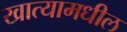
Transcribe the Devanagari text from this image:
खात्यामधील